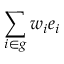
\sum _ { i \in g } w _ { i } e _ { i }